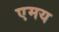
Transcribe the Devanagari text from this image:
एमय